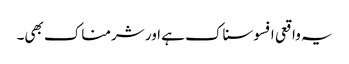
یہ واقعی افسوسناک ہے اور شرمناک بھی۔